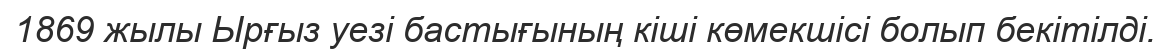
1869 жылы Ырғыз уезі бастығының кіші көмекшісі болып бекітілді.